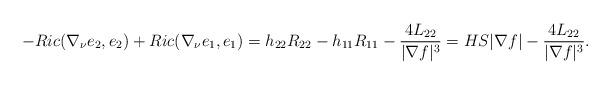
LaTeX: \begin{align*}-Ric(\nabla_{\nu}e_2,e_2)+Ric(\nabla_{\nu}e_1,e_1)=h_{22}R_{22}-h_{11}R_{11}-\frac{4L_{22}}{|\nabla f|^{3}}=HS|\nabla f|-\frac{4L_{22}}{|\nabla f|^{3}}.\end{align*}